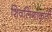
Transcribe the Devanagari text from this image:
शिवलिंगाकृती